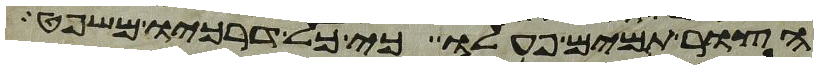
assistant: הצור תמים פעלו כי כל דרכיו משפט